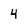
Character: 4